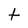
Character: f